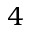
4